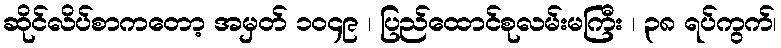
ဆိုင်လိပ်စာကတော့ အမှတ် ၁၀၄၉ ၊ ပြည်ထောင်စုလမ်းမကြီး ၊ ၃၈ ရပ်ကွက်၊